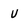
Character: U